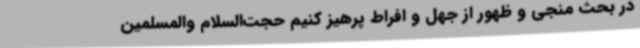
در بحث منجی و ظهور از جهل و افراط پرهیز کنیم حجت‌السلام والمسلمین